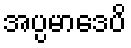
အပ္ပမာဒေပိ